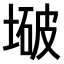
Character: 𫮒